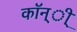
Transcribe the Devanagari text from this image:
कॉन्ी्